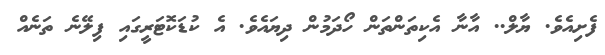
ފެށިއެވެ. ޔާލް.. އާނާ އެކިތަންތަން ހޯދަމުން ދިޔައެވެ. އެ ކުޑަކޮޓަރީގައި ފިލޭނެ ތަނެއް